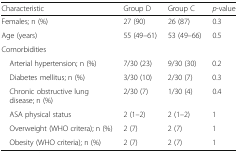
<table><thead><tr><td><b>Characteristic</b></td><td><b>Group D</b></td><td><b>Group C</b></td><td><b><i>p</i>-value</b></td></tr></thead><tbody><tr><td>Females; n (%)</td><td>27 (90)</td><td>26 (87)</td><td>0.3</td></tr><tr><td>Age (years)</td><td>55 (49–61)</td><td>53 (49–66)</td><td>0.5</td></tr><tr><td colspan="4">Comorbidities</td></tr><tr><td> Arterial hypertension; n (%)</td><td>7/30 (23)</td><td>9/30 (30)</td><td>0.2</td></tr><tr><td> Diabetes mellitus; n (%)</td><td>3/30 (10)</td><td>2/30 (7)</td><td>0.3</td></tr><tr><td> Chronic obstructive lung disease; n (%)</td><td>2/30 (7)</td><td>1/30 (4)</td><td>0.4</td></tr><tr><td> ASA physical status</td><td>2 (1–2)</td><td>2 (1–2)</td><td>1</td></tr><tr><td> Overweight (WHO critera); n (%)</td><td>2 (7)</td><td>2 (7)</td><td>1</td></tr><tr><td> Obesity (WHO criteria); n (%)</td><td>2 (7)</td><td>2 (7)</td><td>1</td></tr></tbody></table>